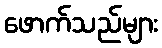
ဖောက်သည်များ